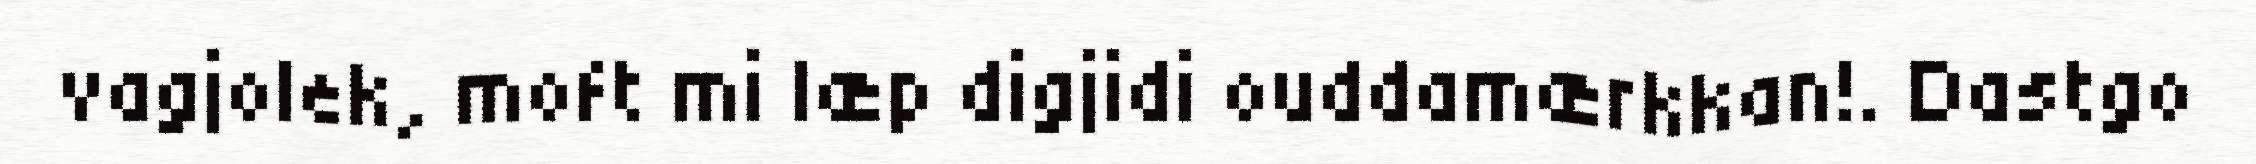
vagjolek, moft mi læp digjidi ouddamærkkan!. Dastgo